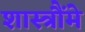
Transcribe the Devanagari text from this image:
शास्त्रौंमे